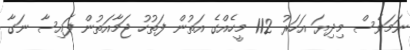
ނަމަވެސް މިދިޔަ އަހަރު 112 މީހެއްގެ އަތުން ފަތުހު ޖަމާއަތުން ފައިސާ ނަގާ